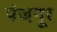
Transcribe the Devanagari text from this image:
पंजगूर